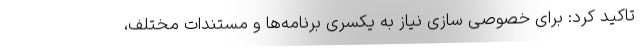
تاکید کرد: برای خصوصی سازی نیاز به یکسری برنامه‌ها و مستندات مختلف،